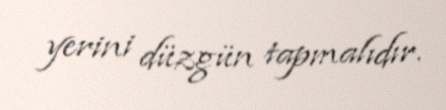
yerini düzgün tapmalıdır.